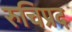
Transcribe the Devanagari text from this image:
रुचिप्रद